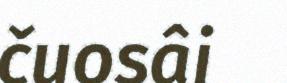
čuosâi